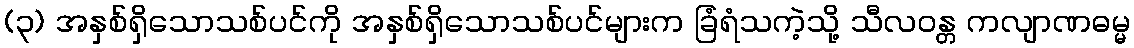
(၃) အနှစ်ရှိသောသစ်ပင်ကို အနှစ်ရှိသောသစ်ပင်များက ခြံရံသကဲ့သို့ သီလဝန္တ ကလျာဏဓမ္မ